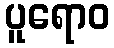
ပူရောဝ